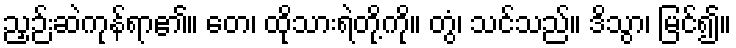
ညှဉ်းဆဲကုန်ရာ၏။ တေ၊ ထိုသားရဲတို့ကို။ တွံ၊ သင်သည်။ ဒိသွာ၊ မြင်၍။